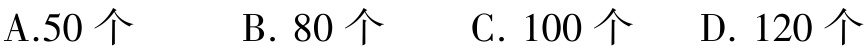
A.50 个  B. 80 个  C. 100 个  D. 120 个